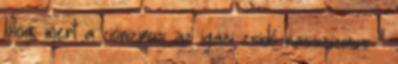
blog, mert a cionizmus az igazi zsidó rasszizmus "